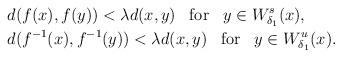
LaTeX: \begin{align*}&d(f(x),f(y))<\lambda d(x,y) \;\;\;\mbox{for} \;\;\;y\in W^s_{\delta_1} (x),\\&d(f^{-1}(x),f^{-1}(y))<\lambda d(x,y) \;\;\;\mbox{for} \;\;\;y\in W^u_{\delta_1} (x).\end{align*}